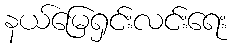
နယ်မြေရှင်းလင်းရေး